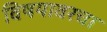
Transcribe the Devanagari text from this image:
विषयावरचा